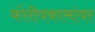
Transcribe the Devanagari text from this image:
कोरीवकामांवर